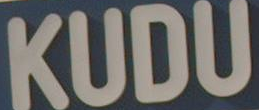
KUDU